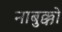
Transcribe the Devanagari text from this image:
नाबुक्को